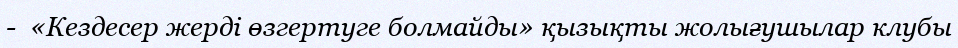
-  «Кездесер жерді өзгeртугe болмайды» қызықты жолығушылар клубы